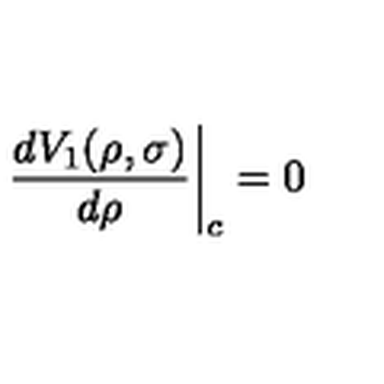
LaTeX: \left. \frac { d V _ { 1 } ( \rho , \sigma ) } { d \rho } \right| _ { c } = 0